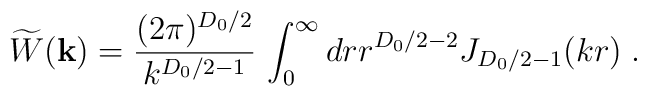
\widetilde{W}({\bf k})=\frac{ (2 \pi )^{{D_{0}}/2} }{    k^{ {D_{0}}/2 -1 }  }\, \int_{0}^{\infty} dr r^{{D_{0}}/2-2}J_{{D_{0}}/2-1} (kr)\;  .